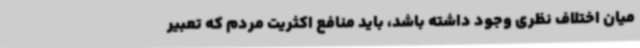
میان اختلاف نظری وجود داشته باشد، باید منافع اکثریت مردم که تعبیر